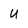
Character: U